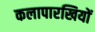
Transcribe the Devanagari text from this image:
कलापारखियों